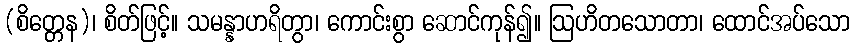
(စိတ္တေန)၊ စိတ်ဖြင့်။ သမန္နာဟရိတွာ၊ ကောင်းစွာ ဆောင်ကုန်၍။ ဩဟိတသောတာ၊ ထောင်အပ်သော